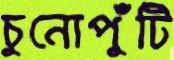
চুনোপুঁটি